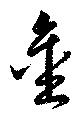
金